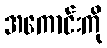
အကောင်းကို